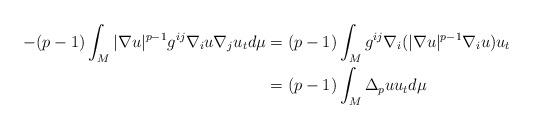
LaTeX: \begin{align*} -(p-1) \int_M |\nabla u|^{p-1} g^{ij} \nabla_i u \nabla_j u_t d\mu &= (p-1) \int_M g^{ij}\nabla_i( |\nabla u|^{p-1} \nabla_i u ) u_t \\ \displaystyle&= (p-1) \int_M \Delta_p u u_t d\mu \end{align*}